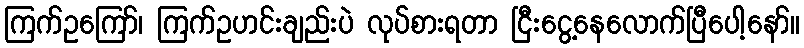
ကြက်ဥကြော်၊ ကြက်ဥဟင်းချည်းပဲ လုပ်စားရတာ ငြီးငွေ့နေလောက်ပြီပေါ့နော်။